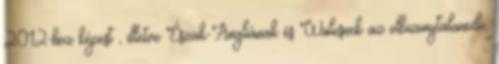
2012-höz képest , illetve Észak-Angliának és Walesnek az elbizonytalanodó,